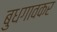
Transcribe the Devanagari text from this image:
बुधगावकर